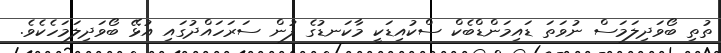
ތުތި ބޯވަދިލަމަސް ނުވަތަ ޑައިމަންޑްބެކް ސްކުއިޑަކީ މާކަނޑުގެ ފުން ސަރަހައްދުގައި އުޅޭ ބޯވަދިލަމަހެކެވެ.